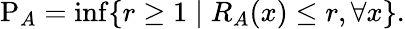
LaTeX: \mathrm{P}_{A}=\operatorname*{inf}\{ r\geq 1\mid R_{A}(x)\leq r,\forall x\} .